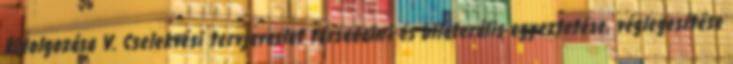
kidolgozása V. Cselekvési tervjavaslat társadalmi és bilaterális egyeztetése, véglegesítése